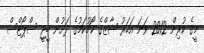
މީގެ ކުރިން 2012 ވަނަ އަހަރު ޝާޒްގެ ކޯޗުކަމުގެ ދަށުން ބީޖީ ސްޕޯޓްސް